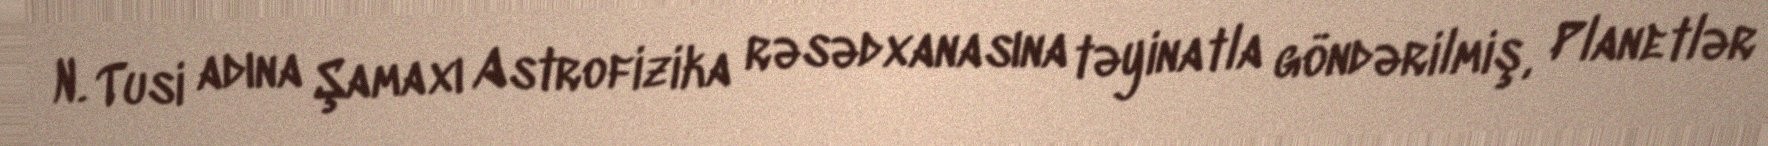
N. Tusi adına Şamaxı Astrofizika rəsədxanasına təyinatla göndərilmiş, Planetlər